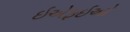
ઇએફઇઓ